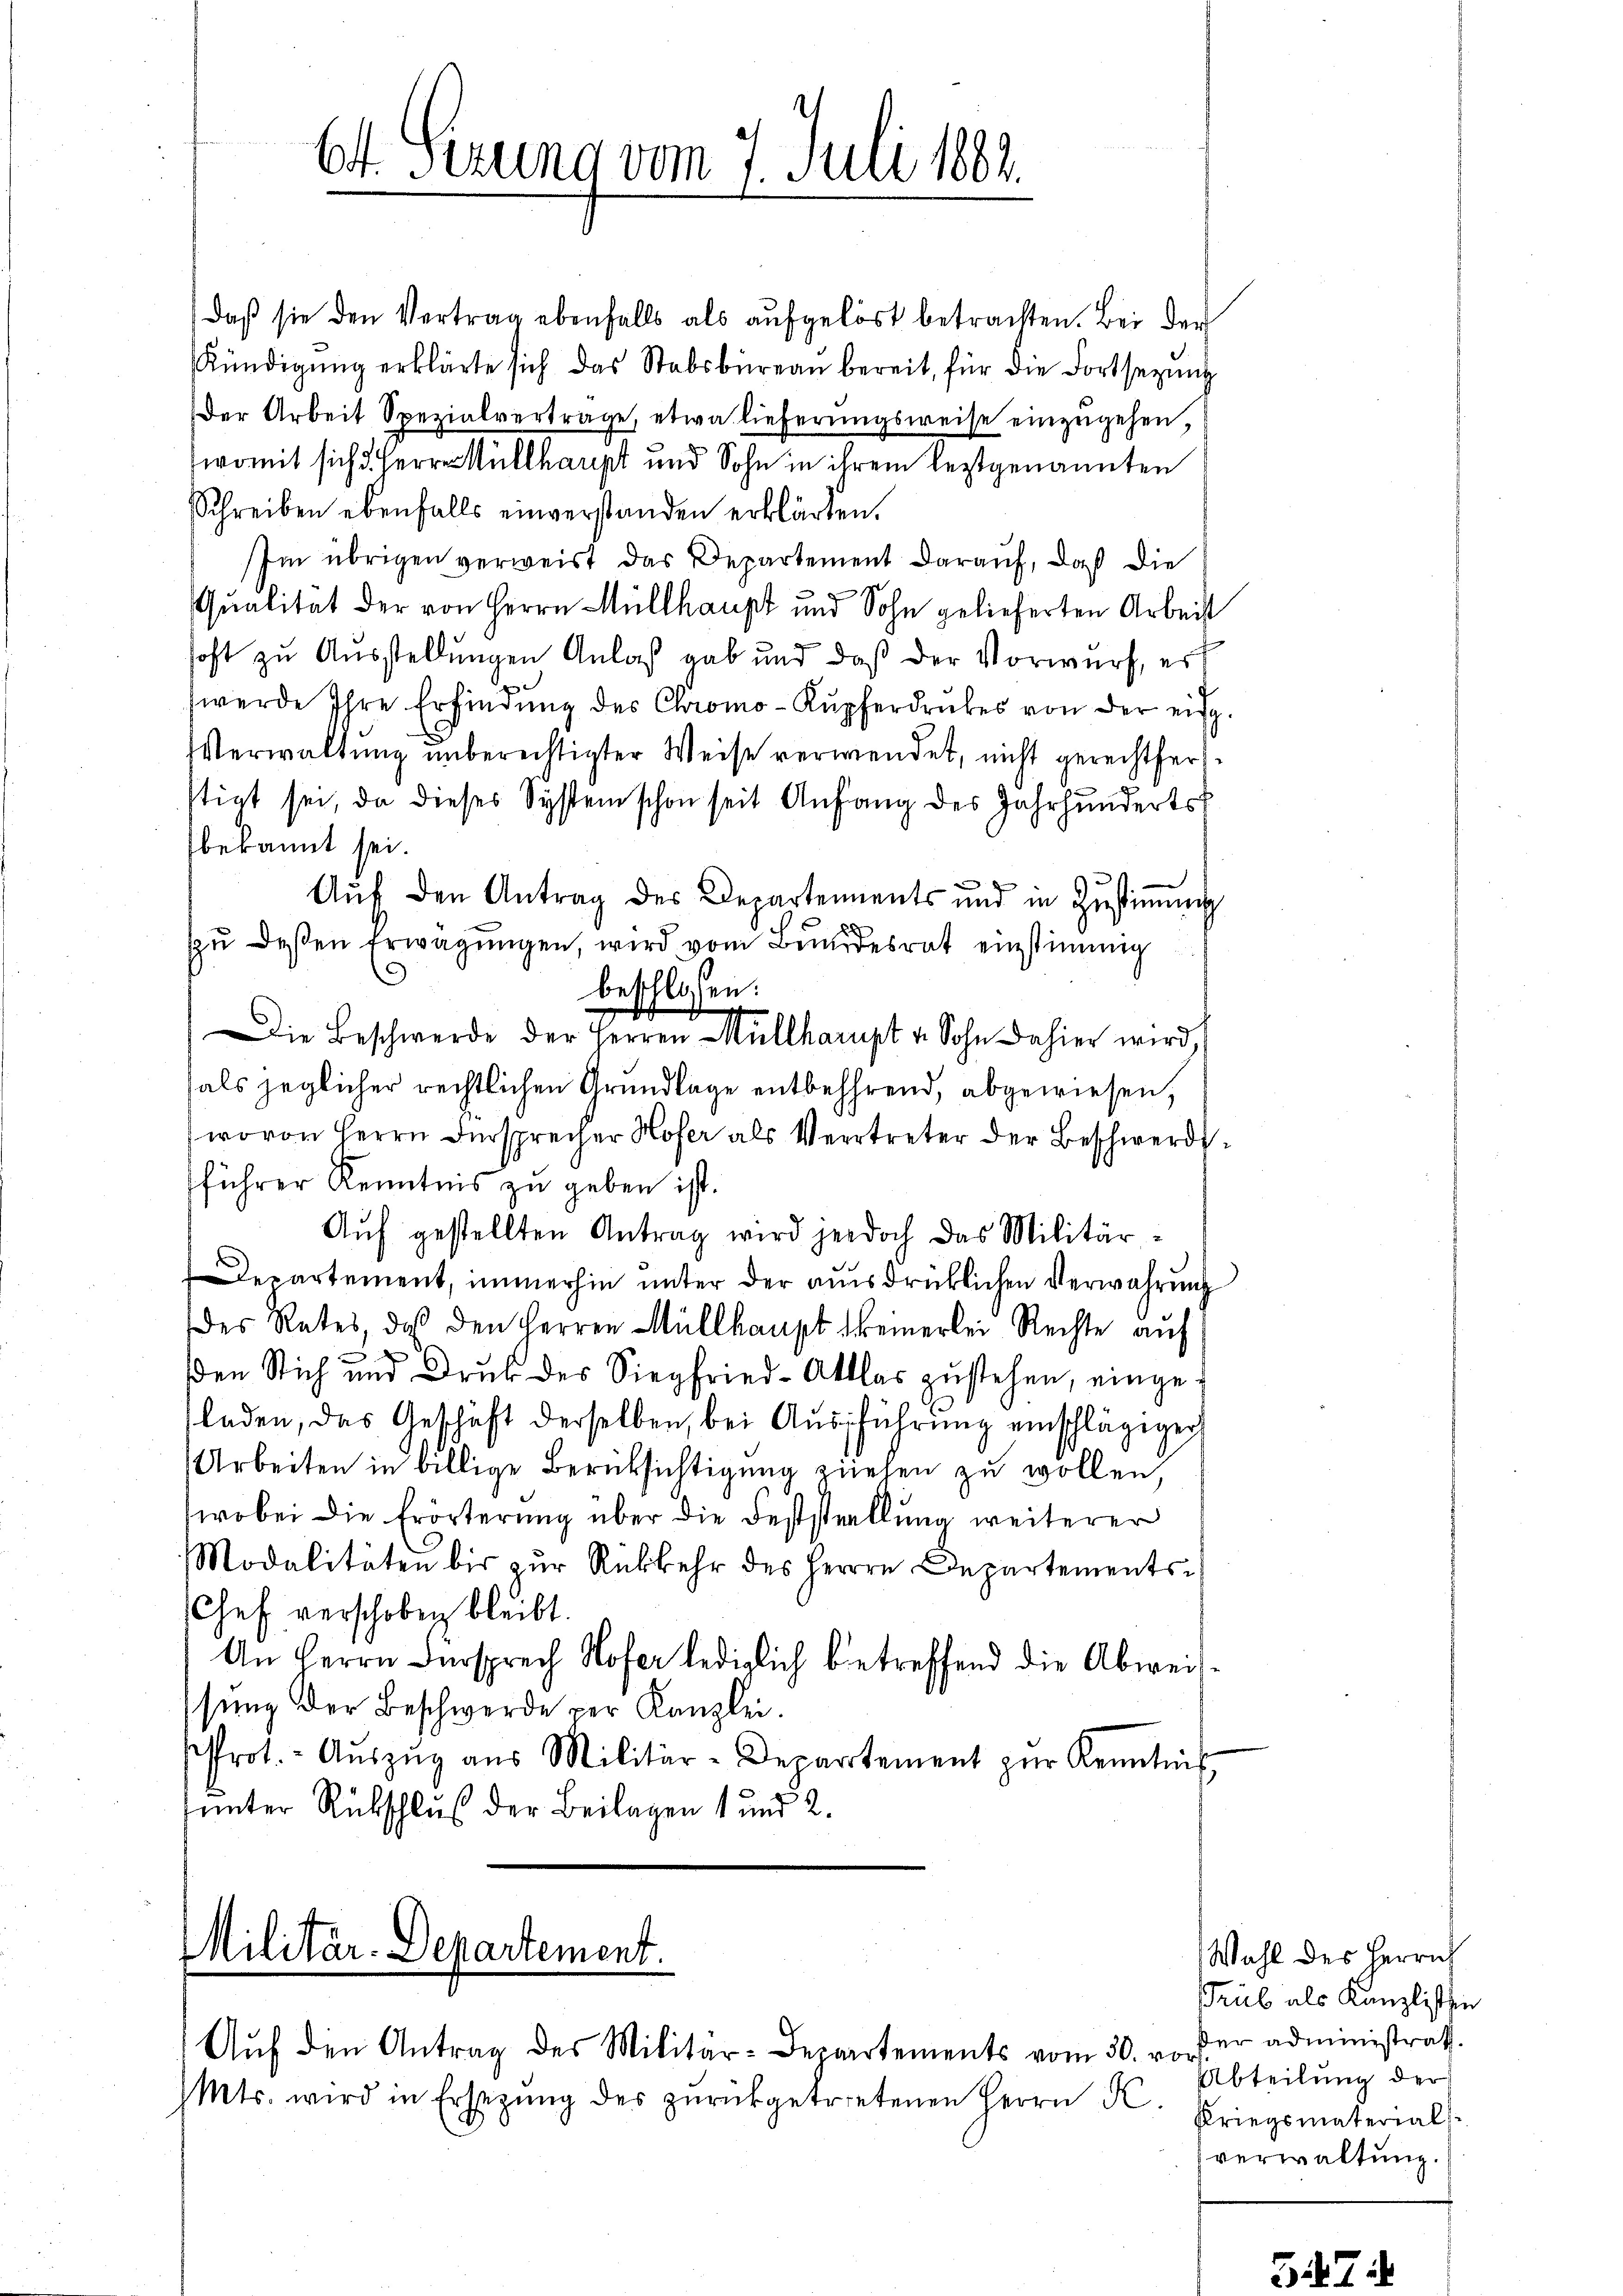
Ct. Perung vom 7. Juli 1883.

daß sie den Vertrag ebenfalls als aufgelöst betrachten. Bei der
Kündigŭng erklärte sich das Stabsbureau bereit, für die Fortsezung
Der Arbeit Spezialvertrage, etwa lieferungsweise einzugehen,
(womit sich d. Herrn Müllhaupt und Sohn in ihrem leztgenannten
Schreiben ebenfalls einverstanden erklärten.
Im übrigen verweist das Departement darauf, daß die
x
Qualität der von Herrn Müllhaupt und Sohn gelieferten Arbeit
hoft zu Ausstellungen Anlaß gab und daß der Vorwurf, er
werde Ihre Erfindung des Chromo-Kupferdruckes von der eis¬
Verwaltung unberechtigter Weise verwendet, nicht gerechtferstigt sei, da dieses System schon seit Anfang des Jahrhunderts
bekannt sei.

Aŭf den Antrag des Departements und in Zŭstiṁŭng
zŭ deβen Erwägŭngen, wird vom Bundesrat einstimmig
beschlossen:
Die Beschwerde der Herren Müllharupt v. Sohn dahier wird,
als jeglicher rechtlichen Grundlage entbehrend, abgewiesen,
wovon Herrn Dürsprecher Hofer als Vertreter der Beschwerdeführer Kenntnis zu geben ist.
Aŭf gestellten Antrag wird jedoch das Militär-
.
lepartement, immerhin unter der ausdrücklichen Verwahrung
des Rates, daß den Herren Müllhaupt keinerlei Rechte auf
den Stich und Druk des Siegfried-Aktlas zustehen, eingeladen, das Geschäft derselben bei Aŭsführung einschlägigen
Arbeiten in billige Berüksichtigung ziehen zu wollen
wobei die Erörterung über die Feststellung weiterer
Modalitäten bis zŭr Rükkehr des Herrn Departements-
Chef verschoben bleibt.
An Herrn Fürsprech Hofer lediglich betreffend die Abweissŭng der Beschwerde per Kanzlei.
Prot. - Aŭszŭg aŭs Militär-Departement zŭr Kenntnis
unter Rückschluß der Beilagen 1 und 2.

Militär-Departement.

Aŭf den Antrag des Militär-Departements vom 30. v.
Mts. wird in Ersetzŭng des zŭrückgetretenen Herrn K

Wahl des Herrn
Trub als Kanzlist hie
der administrath.
1
Abteilung der
Kriegsmaterial
verwaltung.